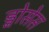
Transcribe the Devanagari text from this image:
ड्नोसेस